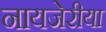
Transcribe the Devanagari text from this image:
नायजेरीया